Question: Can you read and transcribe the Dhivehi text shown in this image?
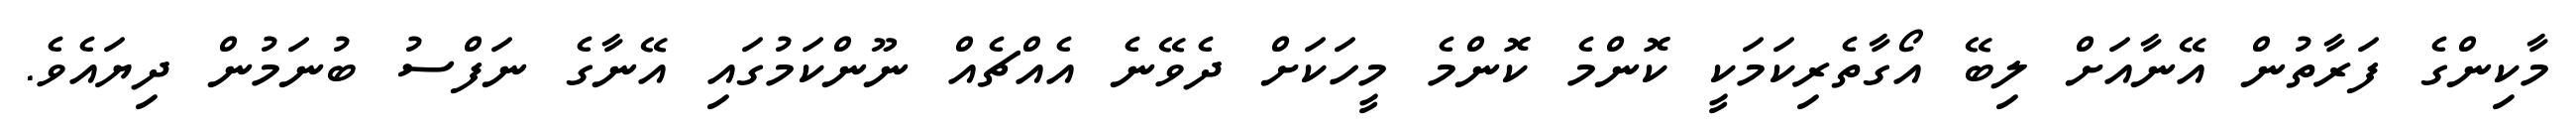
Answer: މާކިންގެ ފަރާތުން އޭނާއަށް ލިބޭ އޯގާތެރިކަމަކީ ކޮންމެ ކޮންމެ މީހަކަށް ދެވޭނެ އެއްޗެއް ނޫންކަމުގައި އޭނާގެ ނަފްސު ބުނަމުން ދިޔައެވެ.